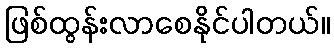
ဖြစ်ထွန်းလာစေနိုင်ပါတယ်။